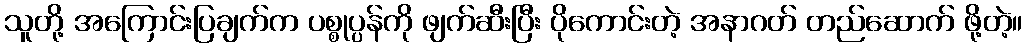
သူတို့ အကြောင်းပြချက်က ပစ္စုပ္ပန်ကို ဖျက်ဆီးပြီး ပိုကောင်းတဲ့ အနာဂတ် တည်ဆောက် ဖို့တဲ့။